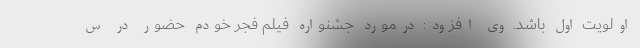
اولویت اول باشد. وی افزود: درمورد جشنواره فیلم فجر خودم حضور در س